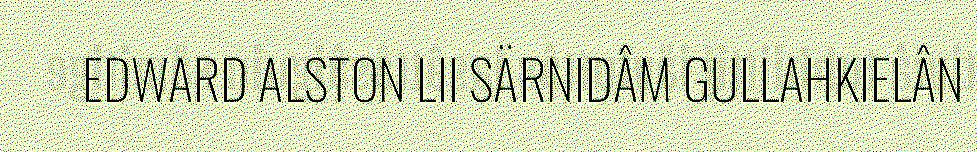
EDWARD ALSTON LII SÄRNIDÂM GULLAHKIELÂN